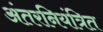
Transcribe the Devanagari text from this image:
अंतरनियंत्रित